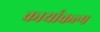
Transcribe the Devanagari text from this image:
कार्याकल्प